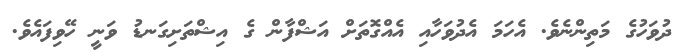
ދުވަހުގެ މަތިންނެވެ. އެހަމަ އެދުވަހާއި އެއްގޮތަށް އަޝްފާން ގެ އިޝްތަށިގަނޑު ވަނީ ހޭވިފައެވެ.